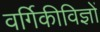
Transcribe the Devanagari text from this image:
वर्गिकीविज्ञों